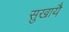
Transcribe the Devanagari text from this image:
सुखायै